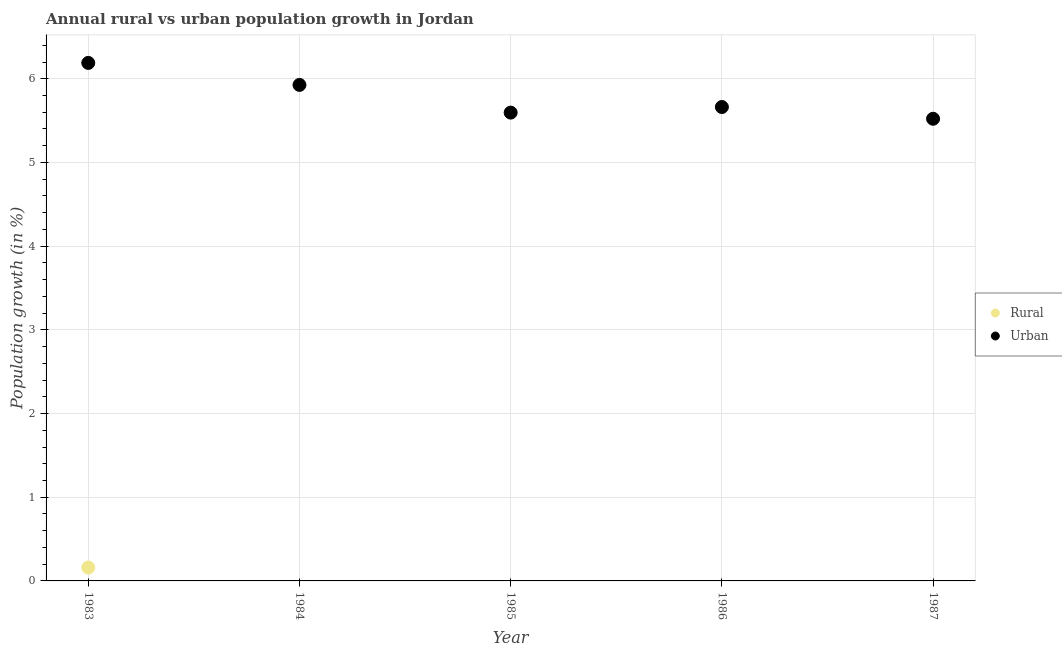
| Year | Rural | Urban  |
 | --- | --- | --- |
 | 1983 | 0.16 | 6.19 |
 | 1984 | -0.111 | 5.93 |
 | 1985 | -0.423 | 5.6 |
 | 1986 | -0.366 | 5.66 |
 | 1987 | -0.51 | 5.52 |